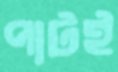
পাটই